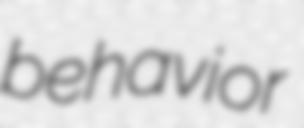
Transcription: behavior